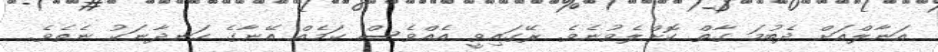
އަނާލްއަށް ދެބުމަ ގާތް ކޮށްލެވުނެވެ. ރޭގައިވީ އެއްވެސް ކަމެއް އޭނާގެ ހަނދާނަކު ނެތެވެ.